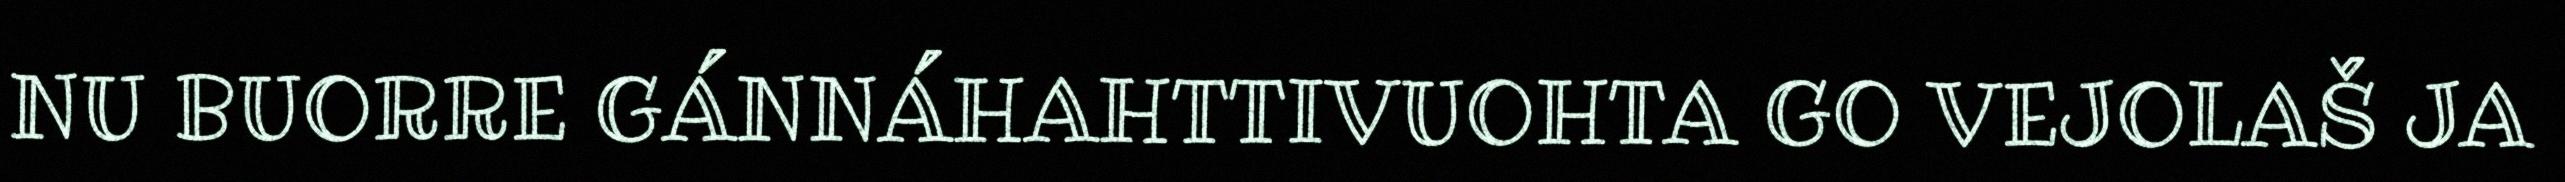
NU BUORRE GÁNNÁHAHTTIVUOHTA GO VEJOLAŠ JA